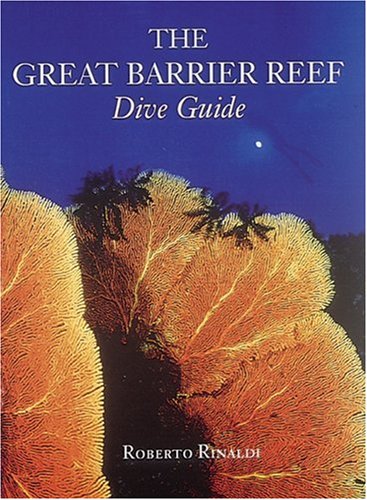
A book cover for The Great Barrier Reef Dive Guide (Abbeville Diving Guides); Biographies & Memoirs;